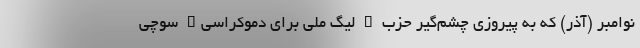
نوامبر (آذر) که به پیروزی چشم‌گیر حزب " لیگ ملی برای دموکراسی" سوچی